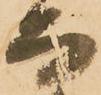
而